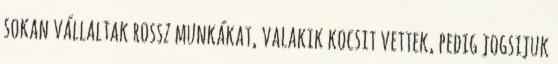
sokan vállaltak rossz munkákat, valakik kocsit vettek, pedig jogsijuk